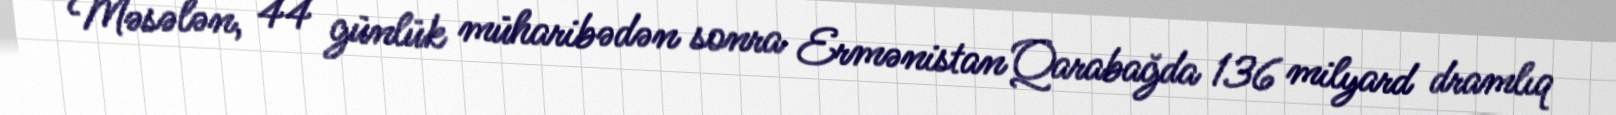
Məsələn, 44 günlük müharibədən sonra Ermənistan Qarabağda 136 milyard dramlıq